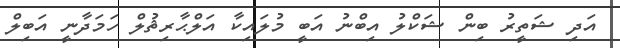
އަދި ޝަތީރު ބިން ޝަކްލު އިބްނު އަބީ މުލައިކާ އަލްޙާރިޘުލް ހަމަދާނީ އަބިލް